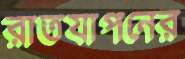
রাতযাপনের